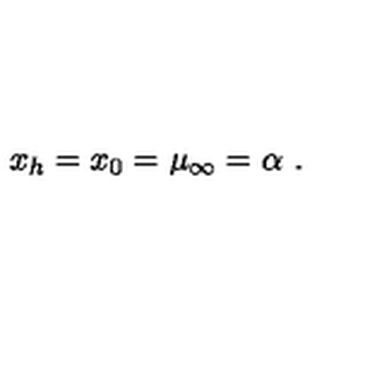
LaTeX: x _ { h } = x _ { 0 } = \mu _ { \infty } = \alpha \ .